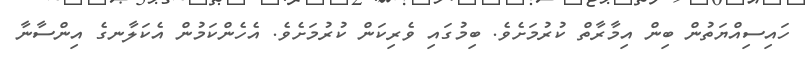
ހައިސިއްޔަތުން ބިން އިމާރާތް ކުރުމަށެވެ. ބިމުގައި ވެރިކަން ކުރުމަށެވެ. އެހެންކަމުން އެކަލާނގެ އިންސާނާ